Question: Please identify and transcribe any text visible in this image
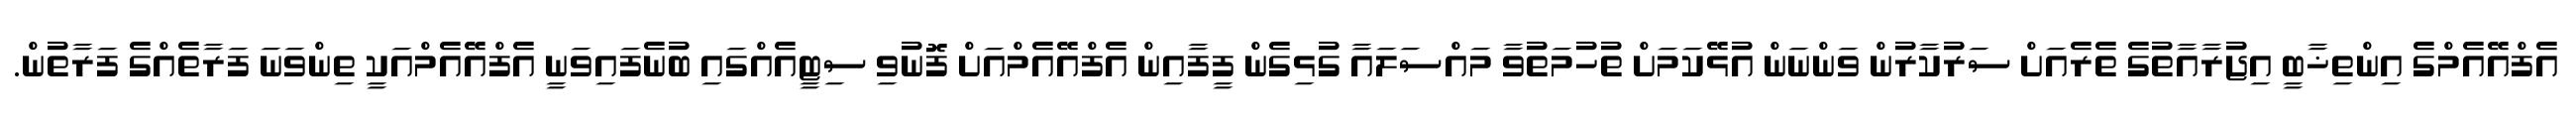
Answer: އެފްއޭއެމްގެ އިންތިޚާބީ އިޖުރާއާތުގެ ތެރެއަށް ސަރުކާރުން ވަންނަން އުޅޭކަމަށް ތުހުމަތުވާ މައްސަލައާ ގުޅިގެން ފީފާއިން އެފްއޭއެމްއަށް ފޮނުވި ސިޓީއެއްގައި ބުނެފައިވަނީ އެފްއޭއެމްއަކީ ތިންވަނަ ފަރާތެއްގެ ފަރާތުން.